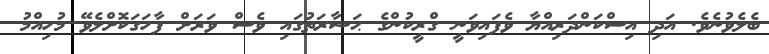
ބެލެވުނެވެ. އަދި އިސްކަންދަރިއްޔާ ވެފައިވަނީ ގްރީކުންގެ ޙަޟާރަތުގައި ވެސް ވަރަށް ފާހަގަކޮށްލެވޭ މުހިއްމު